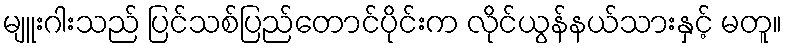
မျူးဂါးသည် ပြင်သစ်ပြည်တောင်ပိုင်းက လိုင်ယွန်နယ်သားနှင့် မတူ။